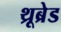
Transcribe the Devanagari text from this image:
थ्रूब्रेड